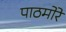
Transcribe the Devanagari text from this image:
पाठमोरे